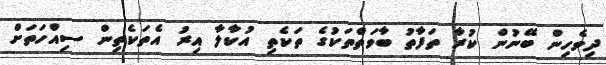
ދިވެހިން ބޭނުން ކުރާ ތަފާތު ބާވަތްތަކުގެ ތަކެތި އުކާލާ އިރު އެތަކެތިން ސިއްހަތަށް